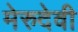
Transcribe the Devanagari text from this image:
मेरुदेवी